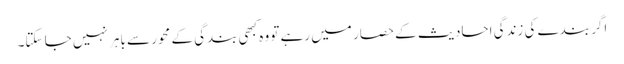
اگر بندے کی زندگی احادیث کے حصار میں رہے تو وہ کبھی بندگی کے محور سے باہر نہیں جا سکتا۔